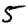
Digit: 5